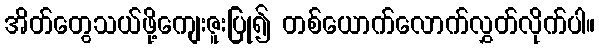
အိတ်တွေသယ်ဖို့ကျေးဇူးပြု၍ တစ်ယောက်လောက်လွှတ်လိုက်ပါ။